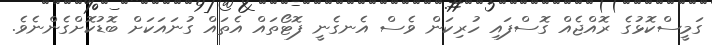
ގަމީސްކޮޅުގެ ރޮއްޖެއް ގޮސްފައި ހުރިކަން ވެސް އެނގެނީ ފޮޓޯތައް އެތައް ގުނައަކަށް ބޮޑުކޮށްގެންނެވެ.